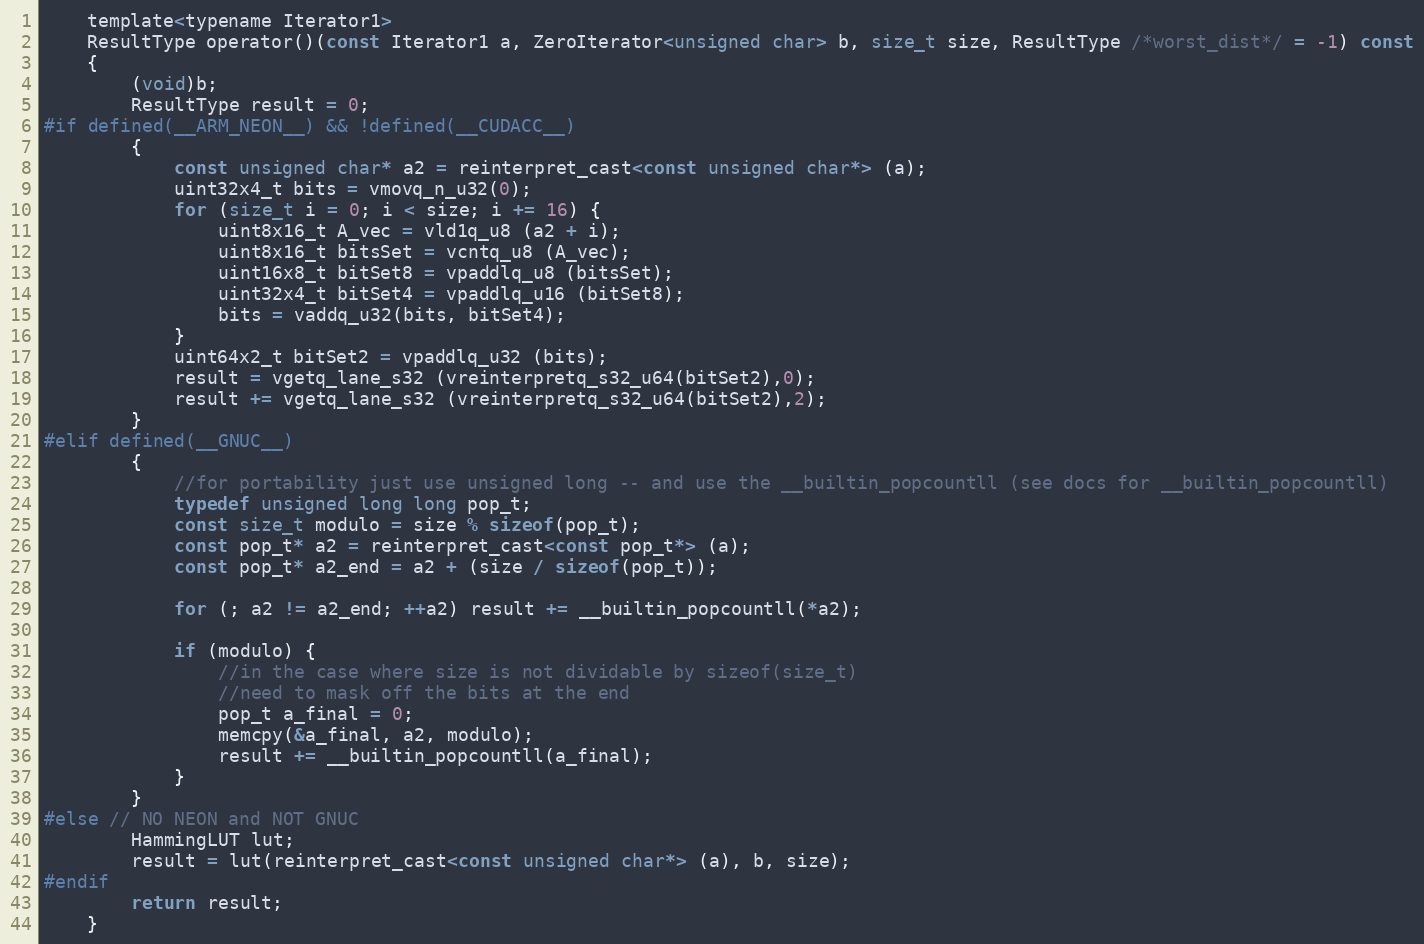
Language: C
    template<typename Iterator1>
    ResultType operator()(const Iterator1 a, ZeroIterator<unsigned char> b, size_t size, ResultType /*worst_dist*/ = -1) const
    {
        (void)b;
        ResultType result = 0;
#if defined(__ARM_NEON__) && !defined(__CUDACC__)
        {
            const unsigned char* a2 = reinterpret_cast<const unsigned char*> (a);
            uint32x4_t bits = vmovq_n_u32(0);
            for (size_t i = 0; i < size; i += 16) {
                uint8x16_t A_vec = vld1q_u8 (a2 + i);
                uint8x16_t bitsSet = vcntq_u8 (A_vec);
                uint16x8_t bitSet8 = vpaddlq_u8 (bitsSet);
                uint32x4_t bitSet4 = vpaddlq_u16 (bitSet8);
                bits = vaddq_u32(bits, bitSet4);
            }
            uint64x2_t bitSet2 = vpaddlq_u32 (bits);
            result = vgetq_lane_s32 (vreinterpretq_s32_u64(bitSet2),0);
            result += vgetq_lane_s32 (vreinterpretq_s32_u64(bitSet2),2);
        }
#elif defined(__GNUC__)
        {
            //for portability just use unsigned long -- and use the __builtin_popcountll (see docs for __builtin_popcountll)
            typedef unsigned long long pop_t;
            const size_t modulo = size % sizeof(pop_t);
            const pop_t* a2 = reinterpret_cast<const pop_t*> (a);
            const pop_t* a2_end = a2 + (size / sizeof(pop_t));

            for (; a2 != a2_end; ++a2) result += __builtin_popcountll(*a2);

            if (modulo) {
                //in the case where size is not dividable by sizeof(size_t)
                //need to mask off the bits at the end
                pop_t a_final = 0;
                memcpy(&a_final, a2, modulo);
                result += __builtin_popcountll(a_final);
            }
        }
#else // NO NEON and NOT GNUC
        HammingLUT lut;
        result = lut(reinterpret_cast<const unsigned char*> (a), b, size);
#endif
        return result;
    }